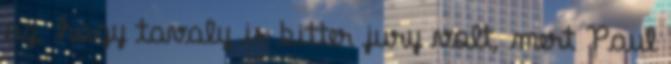
az, hogy tavaly is bitter jury volt, mert Paul